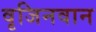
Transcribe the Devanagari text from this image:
वृजिनवान